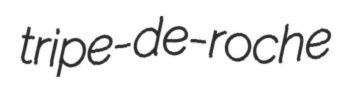
tripe-de-roche